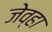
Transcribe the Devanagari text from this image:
जेव्‍हा